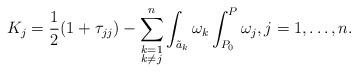
LaTeX: \begin{align*} K_{j}=\frac{1}{2}(1+\tau_{jj})-\sum_{\begin{subarray}{l} k=1\\ k\neq j\\ \end{subarray}}^{n}\int_{\tilde{a}_{k}}\omega_{k}\int_{P_{0}}^{P}\omega_{j},j=1,\ldots,n.\end{align*}